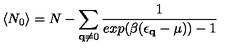
\langle N _ { 0 } \rangle = N - \sum _ { { \bf { q } } \neq 0 } \frac { 1 } { e x p ( \beta ( \epsilon _ { { \bf { q } } } - \mu ) ) - 1 }